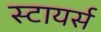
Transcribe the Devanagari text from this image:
स्टायर्स